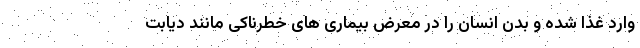
وارد غذا شده و بدن انسان را در معرض بیماری های خطرناکی مانند دیابت